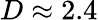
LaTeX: D\approx 2.4